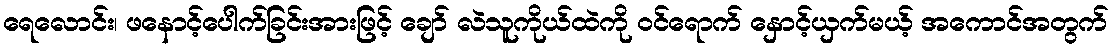
ရေလောင်း၊ ဖနောင့်ပေါက်ခြင်းအားဖြင့် ချော် လဲသူကိုယ်ထဲကို ဝင်ရောက် နှောင့်ယှက်မယ့် အကောင်အတွက်